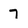
Character: 7